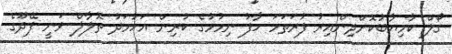
ގޯލް ކާމިޔާބުކޮށްދިންއިރު ފުރަތަމަ ހާފު ނިމުމުގެ ކުރިން އަހުމަދު ތޮލާލް ވަނީ ފޭދޫގެ